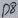
Text: D8